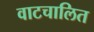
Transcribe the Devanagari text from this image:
वाटचालित